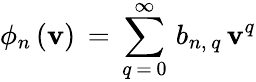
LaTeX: \phi_{n}\, (\mathbf{v})\, =\, \sum_{q\, =\, 0}^{\infty}\, b_{n,\, q}\, \mathbf{v}^{q}